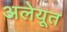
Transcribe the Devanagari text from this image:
अलेयूत